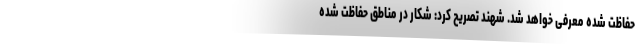
حفاظت شده معرفی خواهد شد. شهند تصریح کرد: شکار در مناطق حفاظت شده